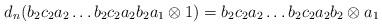
LaTeX: \begin{align*}d_n(b_2c_2a_2 \dots b_2c_2a_2b_2a_1 \otimes 1) = b_2c_2a_2 \dots b_2c_2a_2b_2 \otimes a_1\end{align*}